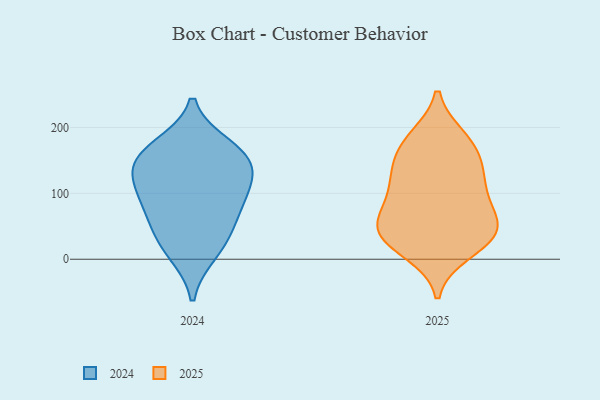
{"axis": {"x": "Production Output", "y": "Value"}, "legend": ["2024", "2025"], "data": [{"x": "", "y": 155, "type": "2024"}, {"x": "", "y": 170, "type": "2024"}, {"x": "", "y": 145, "type": "2024"}, {"x": "", "y": 59, "type": "2024"}, {"x": "", "y": 105, "type": "2024"}, {"x": "", "y": 83, "type": "2024"}, {"x": "", "y": 31, "type": "2024"}, {"x": "", "y": 150, "type": "2024"}, {"x": "", "y": 11, "type": "2024"}, {"x": "", "y": 109, "type": "2024"}, {"x": "", "y": 130, "type": "2025"}, {"x": "", "y": 178, "type": "2025"}, {"x": "", "y": 167, "type": "2025"}, {"x": "", "y": 53, "type": "2025"}, {"x": "", "y": 37, "type": "2025"}, {"x": "", "y": 183, "type": "2025"}, {"x": "", "y": 141, "type": "2025"}, {"x": "", "y": 32, "type": "2025"}, {"x": "", "y": 32, "type": "2025"}, {"x": "", "y": 89, "type": "2025"}, {"x": "", "y": 12, "type": "2025"}, {"x": "", "y": 116, "type": "2025"}, {"x": "", "y": 99, "type": "2025"}, {"x": "", "y": 55, "type": "2025"}, {"x": "", "y": 52, "type": "2025"}]}